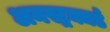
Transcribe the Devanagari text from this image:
अनस्ट्रक्चर्ड